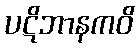
ပဋိဘာနကဝိ